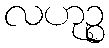
လဟုဉ္စ